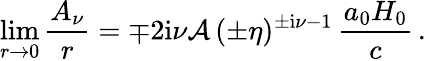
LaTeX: \operatorname*{lim}_{r\rightarrow 0}\frac{A_{\nu}}{r}=\mp 2\mathrm{i}\nu{\cal A}\, (\pm\eta)^{\pm\mathrm{i}\nu-1}\, \frac{a_{0}H_{0}}{c}\, .